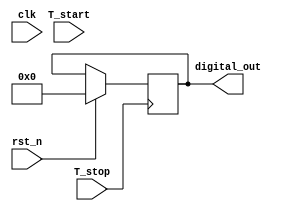
module TDC_Vernier_Delay_Lines (
    input wire clk,               // System clock
    input wire rst_n,             // Active low reset
    input wire T_start,           // Start signal
    input wire T_stop,            // Stop signal
    output reg [15:0] digital_out  // Digital output for TDC measurement
);

// Parameters for delay line configuration
parameter NUM_DELAY_ELEMENTS = 16; // Number of delay elements in measuring line
parameter DELAY_INCREMENT = 1;      // Delay increment for each element

// Delay line outputs
reg [NUM_DELAY_ELEMENTS-1:0] ref_delay_line;
reg [NUM_DELAY_ELEMENTS-1:0] meas_delay_line;

// Counter for digital output
reg [15:0] counter;
reg measuring;

// Comparator signals
wire ref_out;
wire meas_out;

// Initialize delay lines
initial begin
    ref_delay_line = 0;
    meas_delay_line = 0;
    counter = 0;
    measuring = 0;
    digital_out = 0;
end

// Generate reference delay line
always @(posedge clk or negedge rst_n) begin
    if (!rst_n) begin
        ref_delay_line <= 1'b1; // Set reference line high
    end else begin
        ref_delay_line <= {ref_delay_line[NUM_DELAY_ELEMENTS-2:0], 1'b0}; // Shift left
    end
end

// Generate measuring delay line with varying delays
always @(posedge clk or negedge rst_n) begin
    if (!rst_n) begin
        meas_delay_line <= 0; // Reset measuring line
    end else if (measuring) begin
        meas_delay_line <= {meas_delay_line[NUM_DELAY_ELEMENTS-2:0], 1'b0}; // Shift left
    end
end

// Start measuring on T_start signal
always @(posedge T_start or negedge rst_n) begin
    if (!rst_n) begin
        measuring <= 0;
        counter <= 0;
    end else begin
        measuring <= 1;
        counter <= 0; // Reset counter
    end
end

// Stop measuring on T_stop signal
always @(posedge T_stop or negedge rst_n) begin
    if (!rst_n) begin
        measuring <= 0;
    end else begin
        measuring <= 0; // Stop measuring
        digital_out <= counter; // Capture count
    end
end

// Increment counter while measuring
always @(posedge clk) begin
    if (measuring) begin
        counter <= counter + 1; // Increment counter
    end
end

// Comparator logic
assign ref_out = ref_delay_line[NUM_DELAY_ELEMENTS-1];
assign meas_out = meas_delay_line[NUM_DELAY_ELEMENTS-1];

// Detect which line transitions first
always @(posedge clk) begin
    if (ref_out && !meas_out) begin
        // Reference line transitioned first
        // Handle accordingly (e.g., store time difference)
    end else if (meas_out && !ref_out) begin
        // Measuring line transitioned first
        // Handle accordingly (e.g., store time difference)
    end
end

endmodule